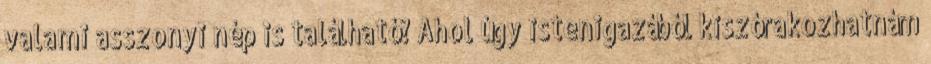
valami asszonyi nép is található? Ahol úgy istenigazából kiszórakozhatnám